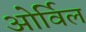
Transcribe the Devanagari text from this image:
ओर्विल